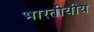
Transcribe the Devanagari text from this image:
भारतीयीय